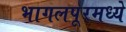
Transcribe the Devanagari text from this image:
भागलपूरमध्ये